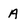
Character: A